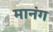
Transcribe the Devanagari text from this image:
मानंग